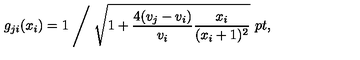
g _ { j i } ( x _ { i } ) = 1 \Biggm / \sqrt { 1 + { \frac { 4 ( v _ { j } - v _ { i } ) } { v _ { i } } } { \frac { x _ { i } } { ( x _ { i } + 1 ) ^ { 2 } } } } \ \raise 2 p t \mathrm { , }